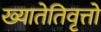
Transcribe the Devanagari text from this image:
ख्यातेतिवृत्तो